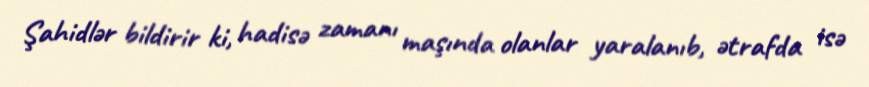
Şahidlər bildirir ki, hadisə zamanı maşında olanlar yaralanıb, ətrafda isə